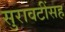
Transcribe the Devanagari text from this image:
सुरावटींसह